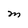
Character: M